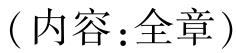
（内容：全章）